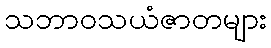
သဘာဝသယံဇာတများ